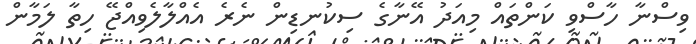
ވިސްނާ ހާސްވި ކަންތައް މިއަދު އޭނާގެ ސިކުނޑިން ނެރެ އެއްލާލެވިއްޖޭ ހިތާ ލަމާން